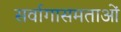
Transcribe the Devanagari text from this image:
सर्वागासमताओं